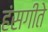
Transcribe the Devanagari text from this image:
हंसगीते